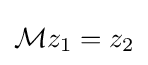
{\mathcal {M}}z_{1}=z_{2}